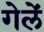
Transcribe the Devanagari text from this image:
गेलें